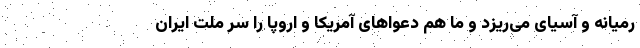
رمیانه و آسیای می‌ریزد و ما هم دعواهای آمریکا و اروپا را سر ملت ایران